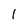
Character: l